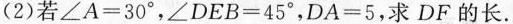
(2)若$$∠ A = 3 0°$$，$$∠ D E B = 4 5°$$，$$D A = 5$$，求DF的长。